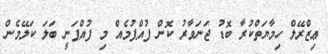
ޢިޒްރޭލް ހިމާޔަތްކުރާ ބޮޑު ޖަނަވާރު ކޮން ފުއްޕުމެއް މި ފުއްޕަނީ ބަލަ ކަލޭމެން